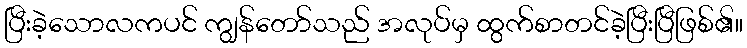
ပြီးခဲ့သောလကပင် ကျွန်တော်သည် အလုပ်မှ ထွက်စာတင်ခဲ့ပြီးပြီဖြစ်၏။